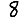
Digit: 8